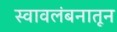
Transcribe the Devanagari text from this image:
स्वावलंबनातून